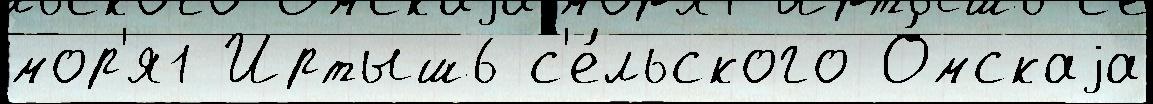
мор'я1 Иртыш6 с'е́льского О́мскаjа